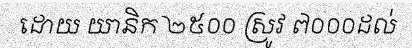
ដោយ យានិក ២៥០០ ស្រូវ ៧០០០ដល់